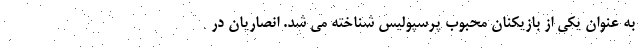
به عنوان یکی از بازیکنان محبوب پرسپولیس شناخته می شد. انصاریان در